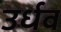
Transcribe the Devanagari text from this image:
उर्धव